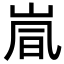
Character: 𫵽